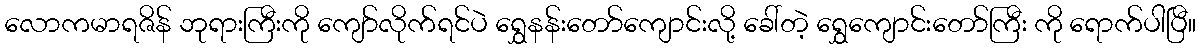
လောကမာရဇိန် ဘုရားကြီးကို ကျော်လိုက်ရင်ပဲ ရွှေနန်းတော်ကျောင်းလို့ ခေါ်တဲ့ ရွှေကျောင်းတော်ကြီး ကို ရောက်ပါပြီ။